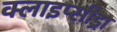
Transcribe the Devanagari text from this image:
क्लाइप्सीड्रा